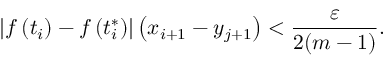
\left| f \left( t _ { i } \right) - f \left( t _ { i } ^ { * } \right) \right| \left( x _ { i + 1 } - y _ { j + 1 } \right) < { \frac { \varepsilon } { 2 ( m - 1 ) } } .